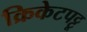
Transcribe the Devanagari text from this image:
क्रिकेटपट्टू